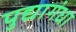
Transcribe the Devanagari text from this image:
पुद्यागंधा